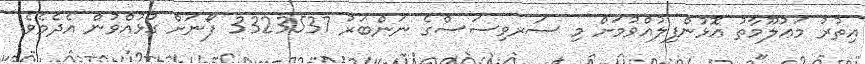
އިތުރު މަޢުލޫމާތު އޮޅުންފިލުއްވުމަށް މި ސަރވިސަސްގެ ނަންބަރު 3323537 ފޯނަށް ގުޅުއްވުން އެދެމެވެ.